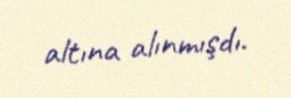
altına alınmışdı.